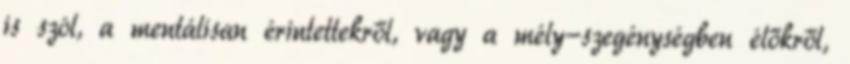
is szól, a mentálisan érintettekről, vagy a mély-szegénységben élőkről,